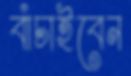
বাঁচাইবেন